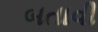
બતાવી